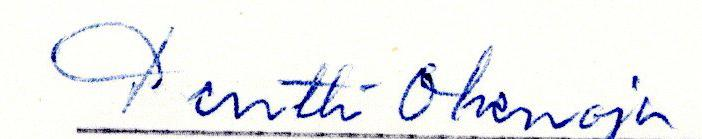
Herman Hilska